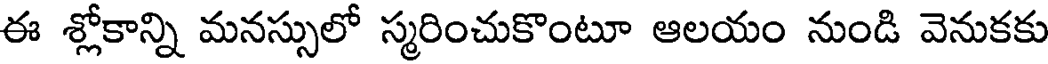
ఈ శ్లోకాన్ని మనస్సులో స్మరించుకొంటూ ఆలయం నుండి వెనుకకు